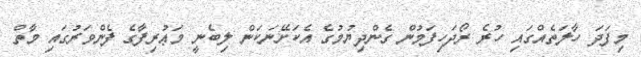
މިފަދަ ހާލަތެއްގައި ހުރެ ރޯދަހިފަމުން ގެންދިޔުމުގެ އެކަށޭނަކަން ލިބެނީ މަޢުރިފާގެ ފެންވަރުގައި މާތް